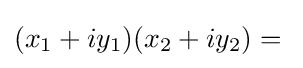
(x_{1}+iy_{1})(x_{2}+iy_{2})={}